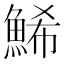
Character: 鯑